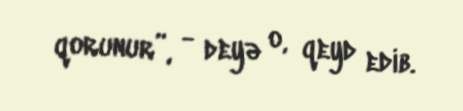
qorunur”, - deyə o, qeyd edib.